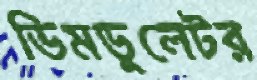
ডিমডুলেটর